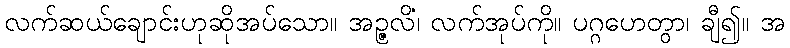
လက်ဆယ်ချောင်းဟုဆိုအပ်သော။ အဉ္ဇလိံ၊ လက်အုပ်ကို။ ပဂ္ဂဟေတွာ၊ ချီ၍။ အ